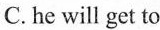
C. he will get to